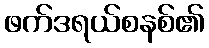
ဖက်ဒရယ်စနစ်၏